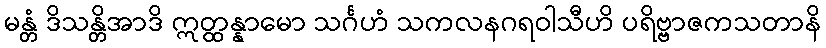
မန္တံ ဒိသန္တိအာဒိ ဣတ္ထန္နာမော သင်္ဂဟံ သကလနဂရဝါသီဟိ ပရိဗ္ဗာဇကသတာနိ